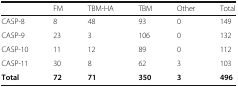
<table><thead><tr><td></td><td><b>FM</b></td><td><b>TBM-HA</b></td><td><b>TBM</b></td><td><b>Other</b></td><td><b>Total</b></td></tr></thead><tbody><tr><td>CASP-8</td><td>8</td><td>48</td><td>93</td><td>0</td><td>149</td></tr><tr><td>CASP-9</td><td>23</td><td>3</td><td>106</td><td>0</td><td>132</td></tr><tr><td>CASP-10</td><td>11</td><td>12</td><td>89</td><td>0</td><td>112</td></tr><tr><td>CASP-11</td><td>30</td><td>8</td><td>62</td><td>3</td><td>103</td></tr><tr><td><b>Total</b></td><td><b>72</b></td><td><b>71</b></td><td><b>350</b></td><td><b>3</b></td><td><b>496</b></td></tr></tbody></table>